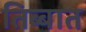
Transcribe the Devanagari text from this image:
तिब्बात